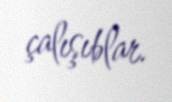
çalışıblar.